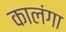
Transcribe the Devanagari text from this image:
कालंगा